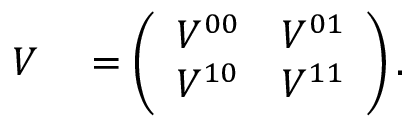
\begin{array} { r l } { V } & { { } = \left( \begin{array} { l l } { V ^ { 0 0 } } & { V ^ { 0 1 } } \\ { V ^ { 1 0 } } & { V ^ { 1 1 } } \end{array} \right) . } \end{array}